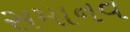
સમાનવ